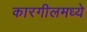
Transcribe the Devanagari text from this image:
कारगीलमध्ये